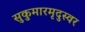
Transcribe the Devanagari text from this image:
सुकुमारमृदुस्वर